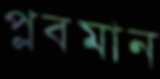
প্লবমান